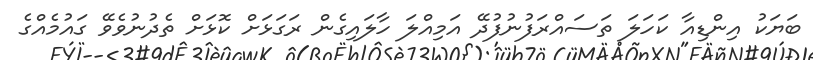
ބަޔަކު އިންޑިއާ ކަހަލަ ތަސައްރަފުނުފުދޭ އަމިއްލަ ހާލައިގެން ރަގަޅަށް ކޮޅަށް ތެދުނުވެވޭ ގައުމެއްގެ